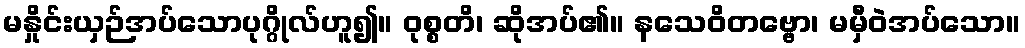
မနှိုင်းယှဉ်အပ်သောပုဂ္ဂိုလ်ဟူ၍။ ဝုစ္စတိ၊ ဆိုအပ်၏။ နသေဝိတဗ္ဗော၊ မမှီဝဲအပ်သော။